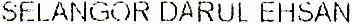
SELANGOR DARUL EHSAN